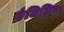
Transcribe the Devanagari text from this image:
एंजिलिना